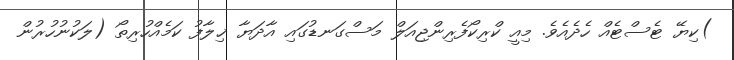
)ކިޔޭ ޓެސްޓެއް ހެދެއެވެ. މިއީ ކްރިކޯފެރިންޖިއަލް މަސްގަނޑުގައި އާދަޔާ ޚިލާފު ކަމެއްހުރިތޯ (ލަކުނުހުރުން